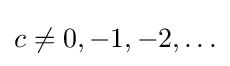
c\neq 0,-1,-2,\ldots